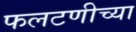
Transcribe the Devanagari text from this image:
फलटणीच्या